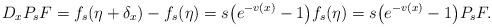
LaTeX: \begin{align*}D_xP_sF=f_s(\eta+\delta_x)-f_s(\eta)=s\big(e^{-v(x)}-1\big)f_s(\eta)=s\big(e^{-v(x)}-1\big)P_sF.\end{align*}